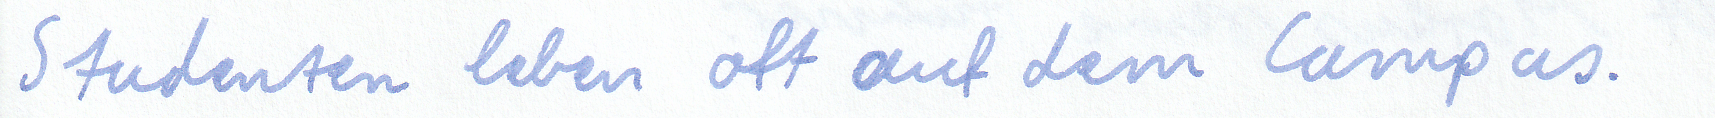
Studenten leben oft auf dem Campus.